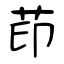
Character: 茚